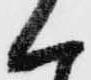
く